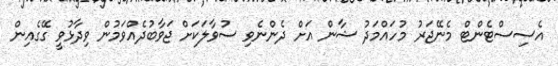
އެސިސްޓެންޓް މެނޭޖަރު މުހައްމަދު ޝާން އަށް ދެންނެވި ސުވާލަކަށް ޖަވާބުދެއްވަމުން ވިދާޅުވީ ގޭގެއިން